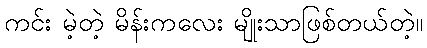
ကင်း မဲ့တဲ့ မိန်းကလေး မျိုးသာဖြစ်တယ်တဲ့။